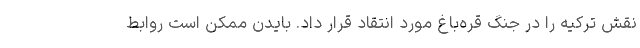
نقش ترکیه را در جنگ قره‌باغ مورد انتقاد قرار داد. بایدن ممکن است روابط